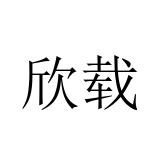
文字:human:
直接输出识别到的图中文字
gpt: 欣载